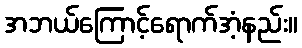
အဘယ်ကြောင့်ရောက်အံ့နည်း။